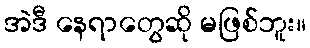
အဲဒီ နေရာတွေဆို မဖြစ်ဘူး။